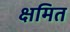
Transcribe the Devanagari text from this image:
क्षमित